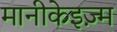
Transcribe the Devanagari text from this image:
मानीकेइज़्म